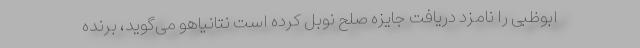
ابوظبی را نامزد دریافت جایزه صلح نوبل کرده است نتانیاهو می‌گوید، برنده